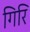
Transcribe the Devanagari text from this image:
गिरि